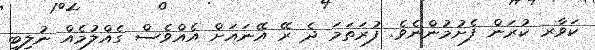
ކަވާރ ކުރަން ފެށުމުންނެވެ. ފުރަތަމަ ދެ ރޭ އޭނައަށް އެއްވެސް ގެއްލުމެއް ނުލިބި